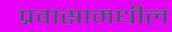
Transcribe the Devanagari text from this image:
प्रवासामधील